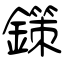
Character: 鏼